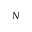
_ N